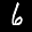
Label: 6